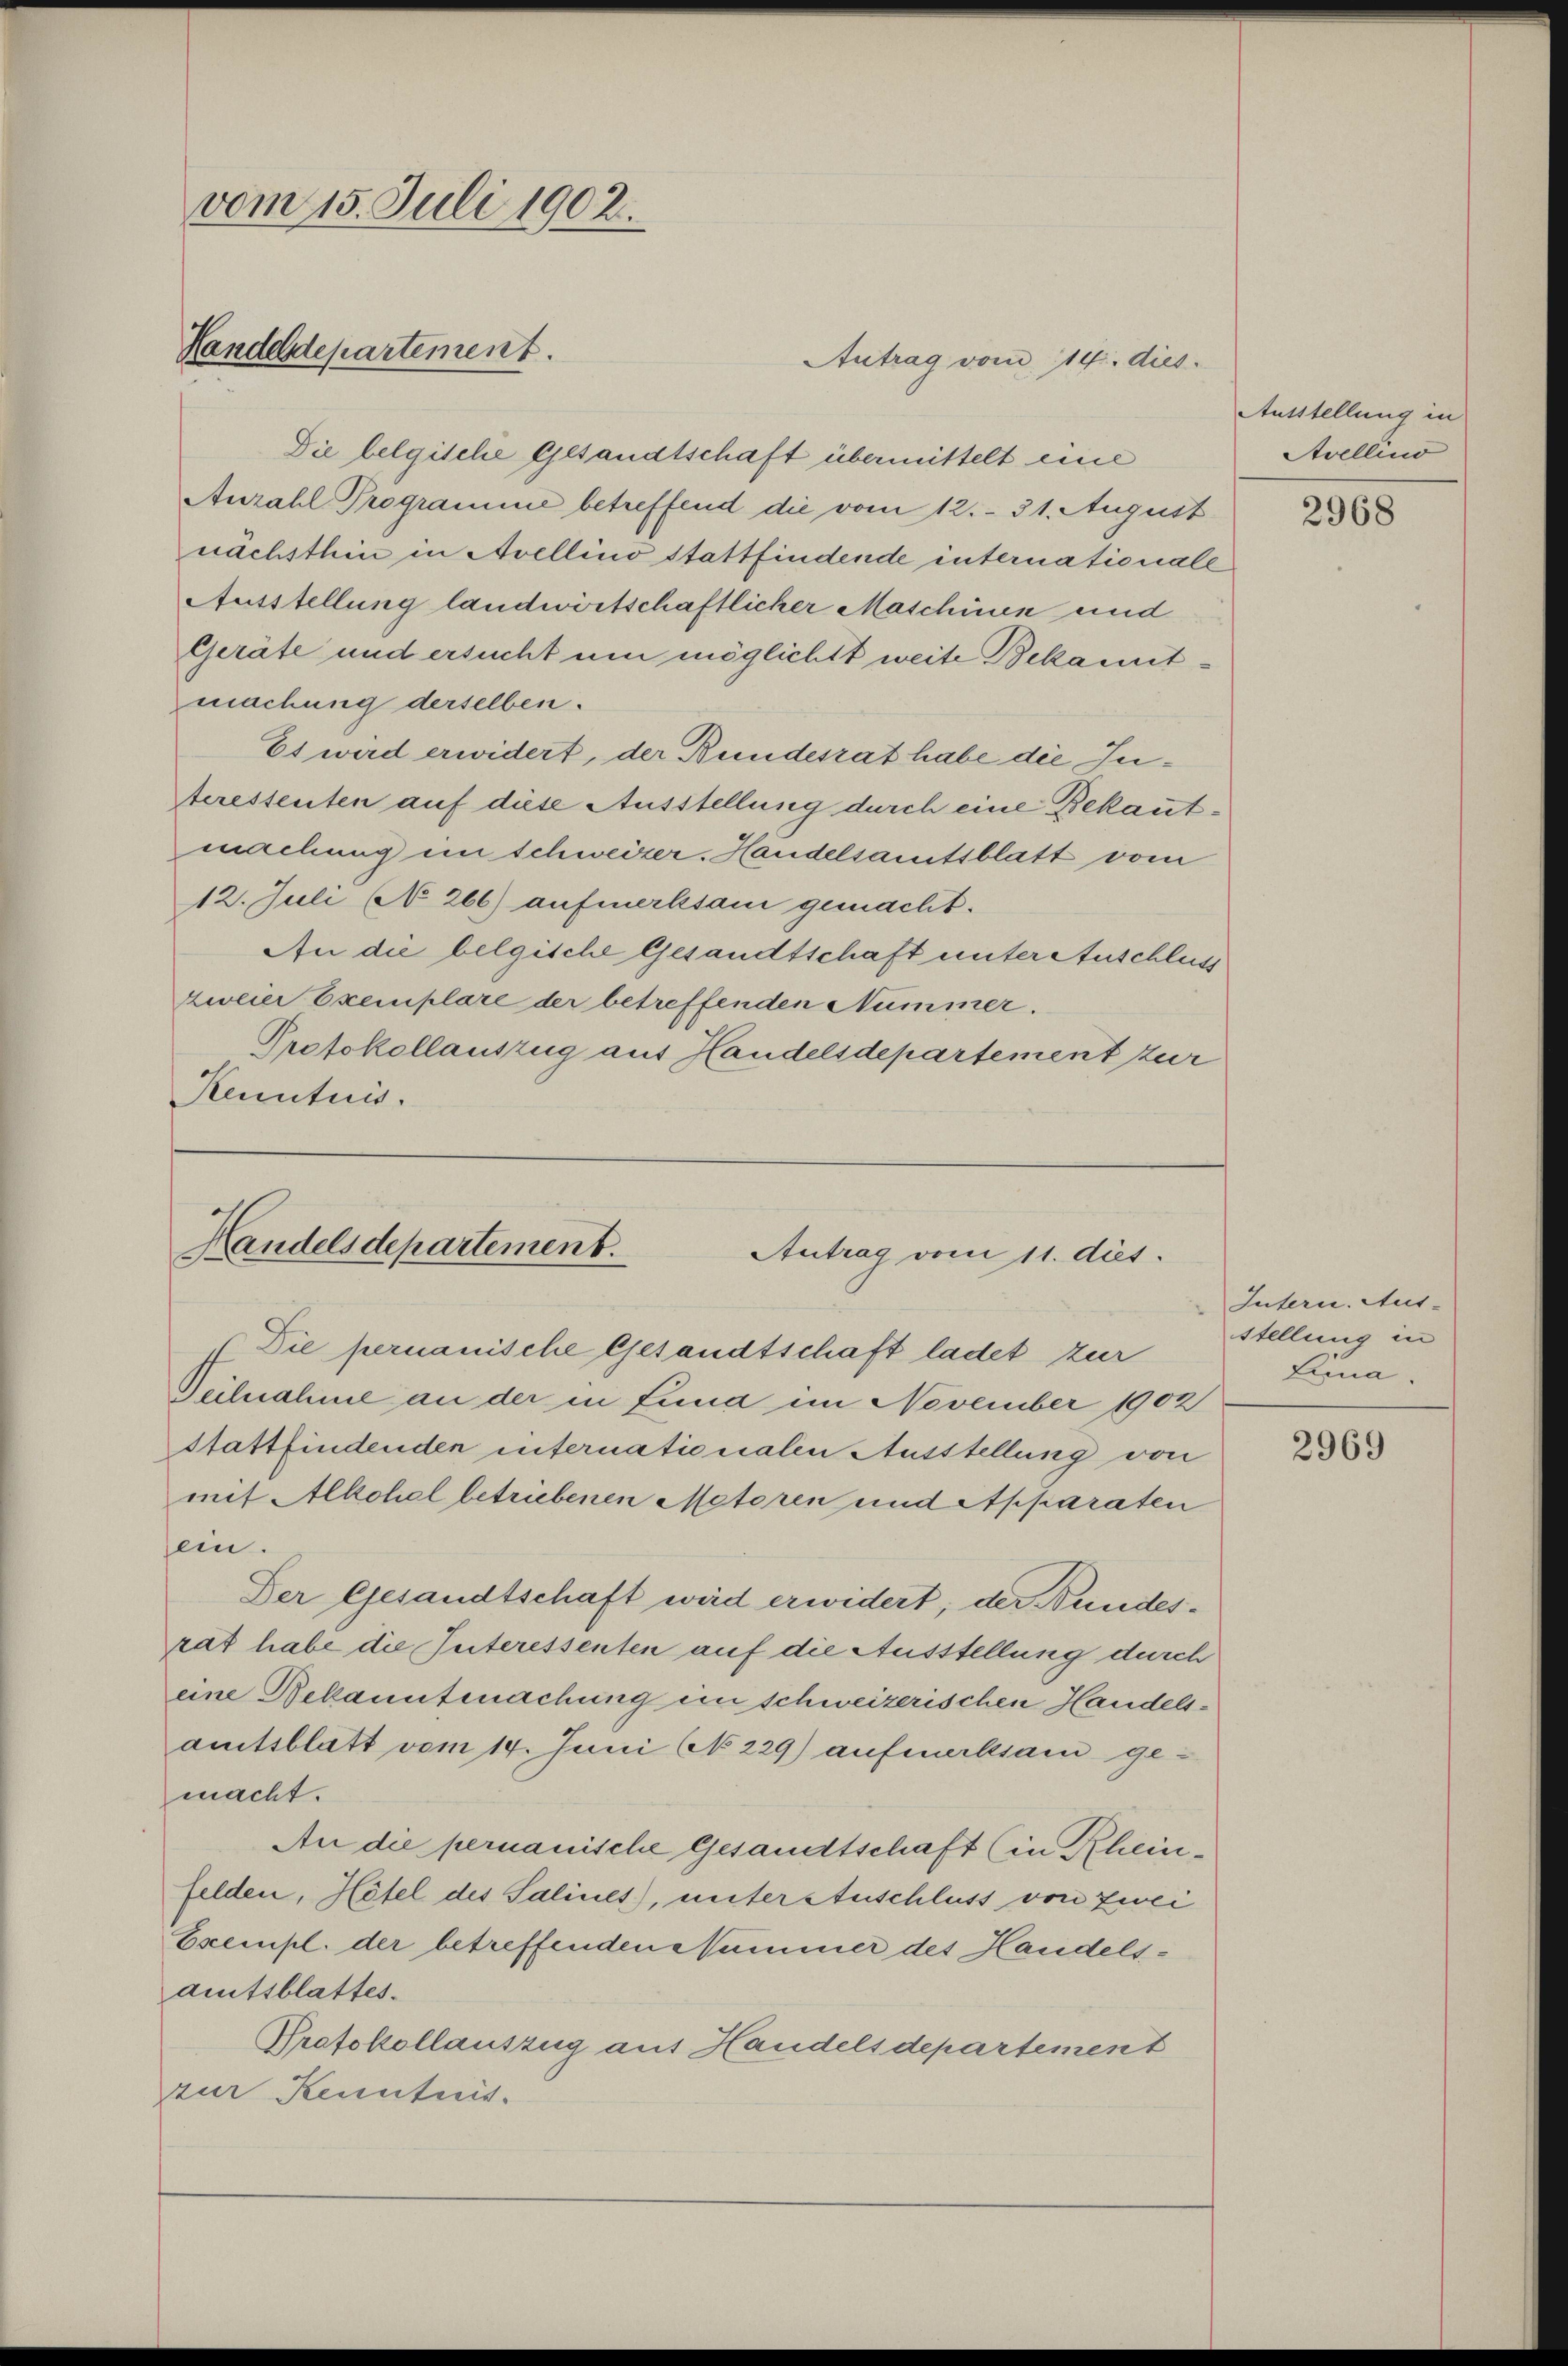
vom 15. Juli 1902.
Handeldepartement.

Die belgitelie Gesandtschaft übermittelt eine
Anzahl Programme betreffend die vom 12. - 31. August
nächsthin in Avellino stattfindende internationale
Ausstellung landwirtschaftlicher Maschinen und
Geräte und ersucht um möglichtt weite Bekanntmachung derselben.
Es wird erwidert, der Bundesrat habe die Jueressenten auf diese Ausstellung durch eine Bekautmachung im schweizer. Handelsamtsblatt vom
12. Juli No 266) aufmerksam gemacht.
An die belgische Gesandtschaft unter Auschluss
zweier Exemplare der betreffenden Nummer.
Protokollauszug aus Handelsdepartement zur
Kenntnis.

Handelsdepartement.
Antrag vom 11. dies.

Die permanische Gesandtschaft ladet zur
Teilnahme an der in Lina im November 1902
stattfindenden internationalen Ausstellung von
mit Alkohel betriebenen Metoren und Apparaten
ein.
Der Gesandtschaft wird erwidert; der Bundesrat habe die Interessenten auf die Ausstellung durch
eine Bekanntmachung in schweizerischen Handelsamtsblatt vom 14. Juni No 229) aufmerksam gemacht.
An die permanische Gesandtschaft (in Rheinfelden, Hotel des Salines), unter Auschluss von zwei
Exempl. der betreffenden Nummer des Handelsamtsblattes.
Protokollauszug aus Handelsdepartement
zur Kenntnis.

Antrag vom 14. dies

Autstellung in
Atvellend

2968

Intern. Aus-
stellung in
Lina.

2969